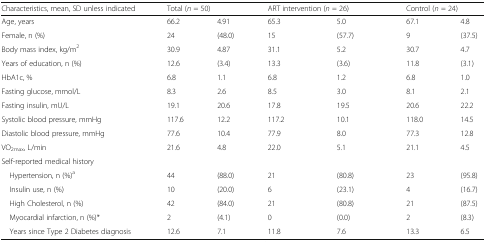
| Characteristics, mean, SD unless indicated | <COLSPAN=2> Total (n = 50) | <COLSPAN=2> ART intervention (n = 26) | <COLSPAN=2> Control (n = 24) |
 | --- | --- | --- | --- | --- | --- | --- |
 | Age, years | 66.2 | 4.91 | 65.3 | 5.0 | 67.1 | 4.8 |
 | Female, n (%) | 24 | (48.0) | 15 | (57.7) | 9 | (37.5) |
 | Body mass index, kg/m2 | 30.9 | 4.87 | 31.1 | 5.2 | 30.7 | 4.7 |
 | Years of education, n (%) | 12.6 | (3.4) | 13.3 | (3.6) | 11.8 | (3.1) |
 | HbA1c, % | 6.8 | 1.1 | 6.8 | 1.2 | 6.8 | 1.0 |
 | Fasting glucose, mmol/L | 8.3 | 2.6 | 8.5 | 3.0 | 8.1 | 2.1 |
 | Fasting insulin, mU/L | 19.1 | 20.6 | 17.8 | 19.5 | 20.6 | 22.2 |
 | Systolic blood pressure, mmHg | 117.6 | 12.2 | 117.2 | 10.1 | 118.0 | 14.5 |
 | Diastolic blood pressure, mmHg | 77.6 | 10.4 | 77.9 | 8.0 | 77.3 | 12.8 |
 | VO2max, L/min | 21.6 | 4.8 | 22.0 | 5.1 | 21.1 | 4.5 |
 | <COLSPAN=7> Self-reported medical history |
 | Hypertension, n (%)a | 44 | (88.0) | 21 | (80.8) | 23 | (95.8) |
 | Insulin use, n (%) | 10 | (20.0) | 6 | (23.1) | 4 | (16.7) |
 | High Cholesterol, n (%) | 42 | (84.0) | 21 | (80.8) | 21 | (87.5) |
 | Myocardial infarction, n (%)* | 2 | (4.1) | 0 | (0.0) | 2 | (8.3) |
 | Years since Type 2 Diabetes diagnosis | 12.6 | 7.1 | 11.8 | 7.6 | 13.3 | 6.5 |